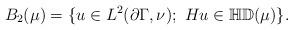
LaTeX: \begin{align*} B_2(\mu)=\{u\in L^2(\partial\Gamma,\nu);\ Hu\in\mathbb{HD}(\mu)\}. \end{align*}